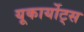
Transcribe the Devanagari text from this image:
यूकार्योट्स